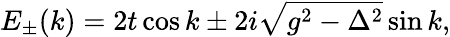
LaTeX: E_{\pm}(k)=2t\cos k\pm 2i\sqrt{g^{2}-\Delta^{2}}\sin k,